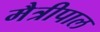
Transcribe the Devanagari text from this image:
मैत्रीपाल